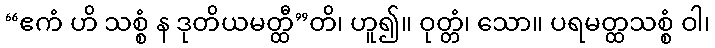
“ဧကံ ဟိ သစ္စံ န ဒုတိယမတ္ထီ”တိ၊ ဟူ၍။ ဝုတ္တံ၊ သော။ ပရမတ္ထသစ္စံ ဝါ၊